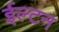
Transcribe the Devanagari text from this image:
ईल्टन